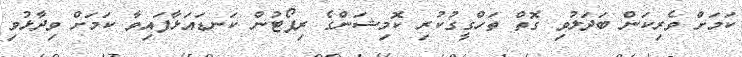
ކަމަށް ވެރިކަން ބަދަލުވި ގޮތް ތަހްގީގުކުރި ކޮމިޝަންގެ ރިޕޯޓުން ކަނޑައަޅާފައިވާ ކަމަށް ވިދާޅުވި